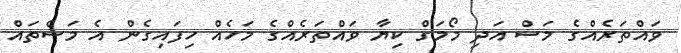
ވައްތަރެއްގެ މަސް އަދި މޯމަގް ކިޔާ ވައްތަރެއްގެ މަހެއް ހިފައިގެން އެ މަސްތައް